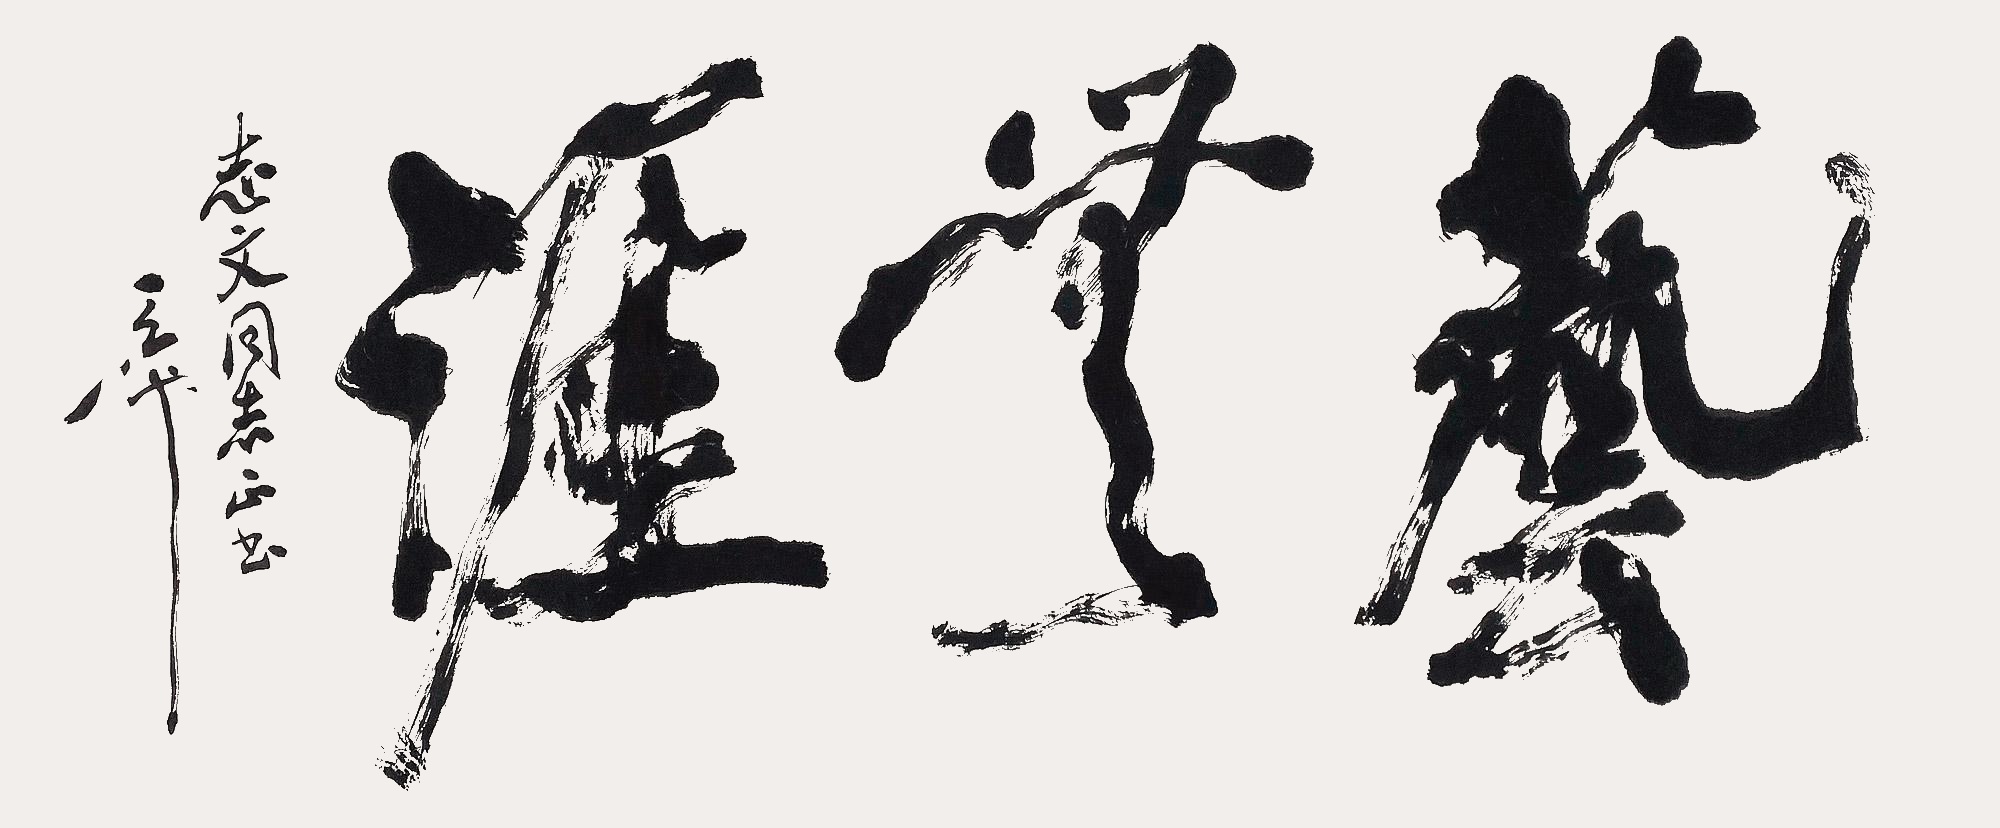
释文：艺无涯志文同志正书。天池。